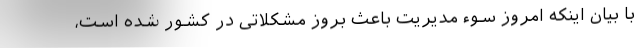
با بیان اینکه امروز سوء مدیریت باعث بروز مشکلاتی در کشور شده است،